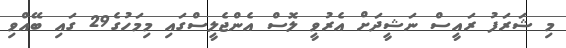
މި ޝަރަފު ރައީސް ނަޝީދަށް އެރުވީ ލޮސް އެންޖެލީސްގައި މިމަހުގެ29 ގައި ބޭއްވި